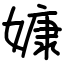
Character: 嫝